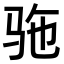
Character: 𫘞